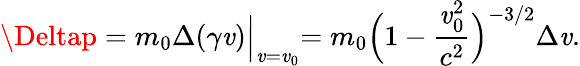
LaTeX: \Deltap=m_{0}\Delta(\gamma\mathit{v})\Bigl|_{\mathit{v}=\mathit{v}_{0}}=m_{0}\Bigl(1-\frac{{\mathit{v}_{0}^{2}}}{{c^{2}}}\Bigr)^{-3/2}\Delta\mathit{v}.